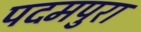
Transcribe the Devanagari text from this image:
पदमपुरा